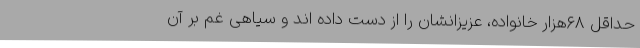
حداقل ۶۸هزار خانواده، عزیزانشان را از دست داده اند و سیاهی غم بر آن